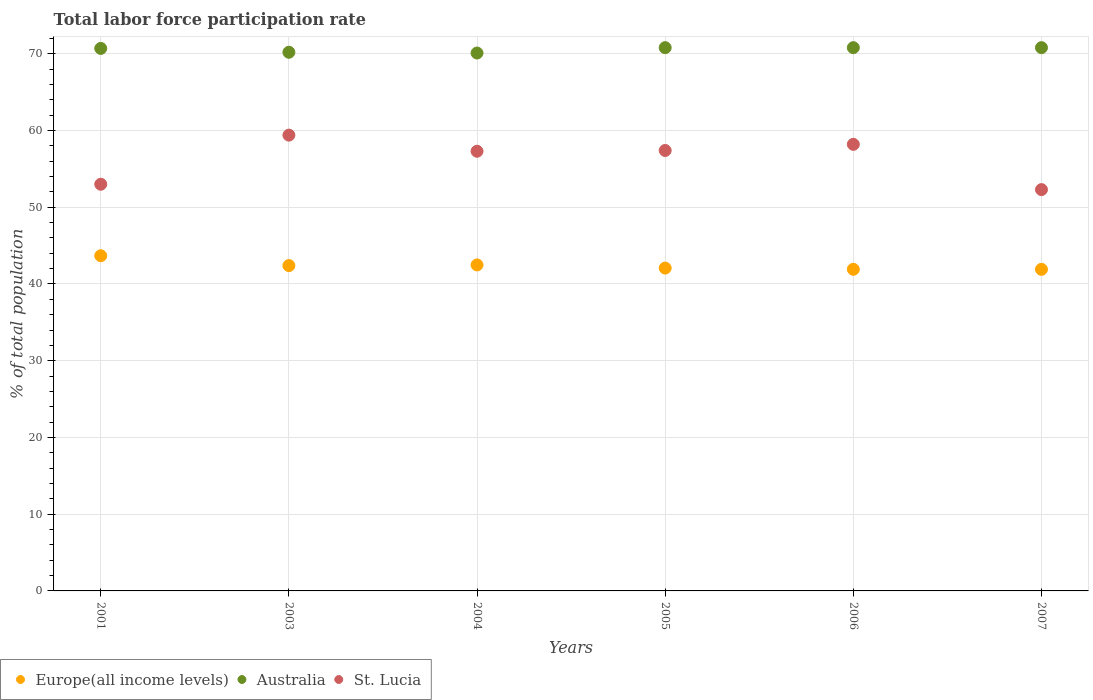
| Years | Europe(all income levels) | Australia | St. Lucia |
 | --- | --- | --- | --- |
 | 2001 | 43.7 | 70.7 | 53 |
 | 2003 | 42.4 | 70.2 | 59.4 |
 | 2004 | 42.5 | 70.1 | 57.3 |
 | 2005 | 42.1 | 70.8 | 57.4 |
 | 2006 | 41.9 | 70.8 | 58.2 |
 | 2007 | 41.9 | 70.8 | 52.3 |